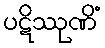
ပဋိဿုဏိံ